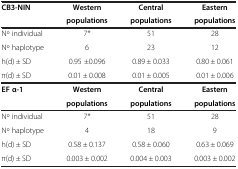
<table><thead><tr><td rowspan="2"><b>CB3-NIN</b></td><td><b>Western</b></td><td><b>Central</b></td><td><b>Eastern</b></td></tr><tr><td><b>populations</b></td><td><b>populations</b></td><td><b>populations</b></td></tr></thead><tbody><tr><td>No individual</td><td>7*</td><td>51</td><td>28</td></tr><tr><td>No haplotype</td><td>6</td><td>23</td><td>12</td></tr><tr><td>h(d) ± SD</td><td>0.95 ±0.096</td><td>0.89 ± 0.033</td><td>0.80 ± 0.061</td></tr><tr><td>π(d) ± SD</td><td>0.01 ± 0.008</td><td>0.01 ± 0.005</td><td>0.01 ± 0.006</td></tr><tr><td rowspan="2"><b>EF α-1</b></td><td><b>Western</b></td><td><b>Central</b></td><td><b>Eastern</b></td></tr><tr><td><b>populations</b></td><td><b>populations</b></td><td><b>populations</b></td></tr><tr><td>No individual</td><td>7*</td><td>51</td><td>28</td></tr><tr><td>No haplotype</td><td>4</td><td>18</td><td>9</td></tr><tr><td>h(d) ± SD</td><td>0.58 ± 0.137</td><td>0.58 ± 0.060</td><td>0.63 ± 0.069</td></tr><tr><td>π(d) ± SD</td><td>0.003 ± 0.002</td><td>0.004 ± 0.003</td><td>0.003 ± 0.002</td></tr></tbody></table>